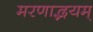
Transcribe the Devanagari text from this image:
मरणाद्भयम्